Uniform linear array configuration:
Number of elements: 48
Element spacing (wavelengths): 1
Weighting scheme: blackman
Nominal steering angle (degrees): -30
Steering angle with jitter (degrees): -29.467
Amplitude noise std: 0.05
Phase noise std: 0.05

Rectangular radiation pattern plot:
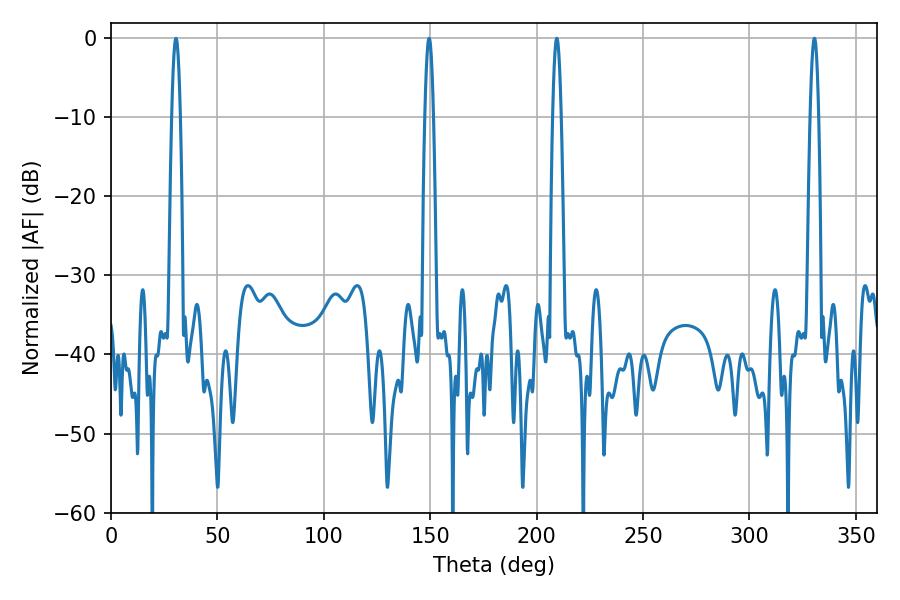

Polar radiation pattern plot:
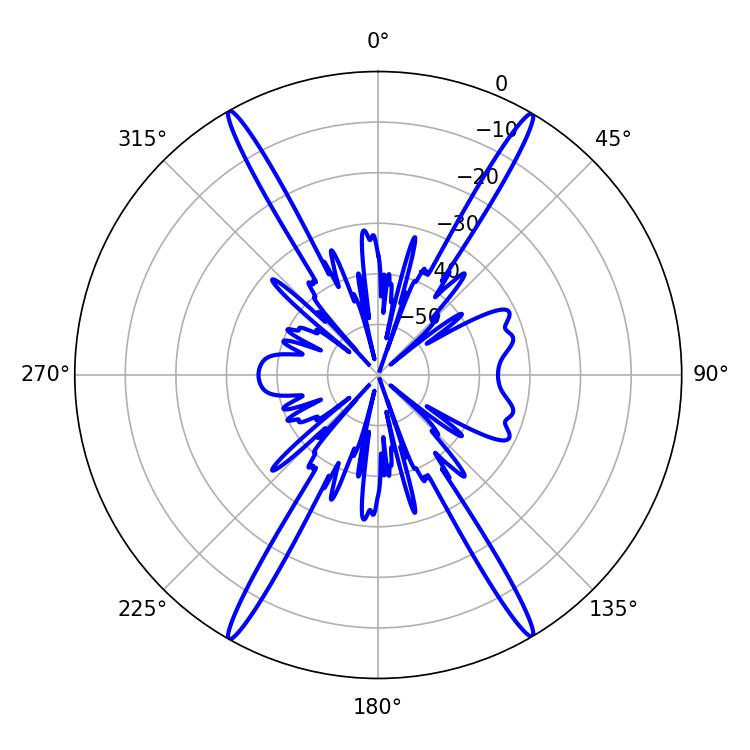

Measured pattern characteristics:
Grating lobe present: TRUE
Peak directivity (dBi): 29.86
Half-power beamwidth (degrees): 2.16
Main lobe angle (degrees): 209.52